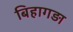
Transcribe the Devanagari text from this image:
बिहागड़ा